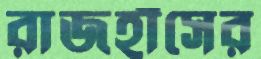
রাজহাঁসের